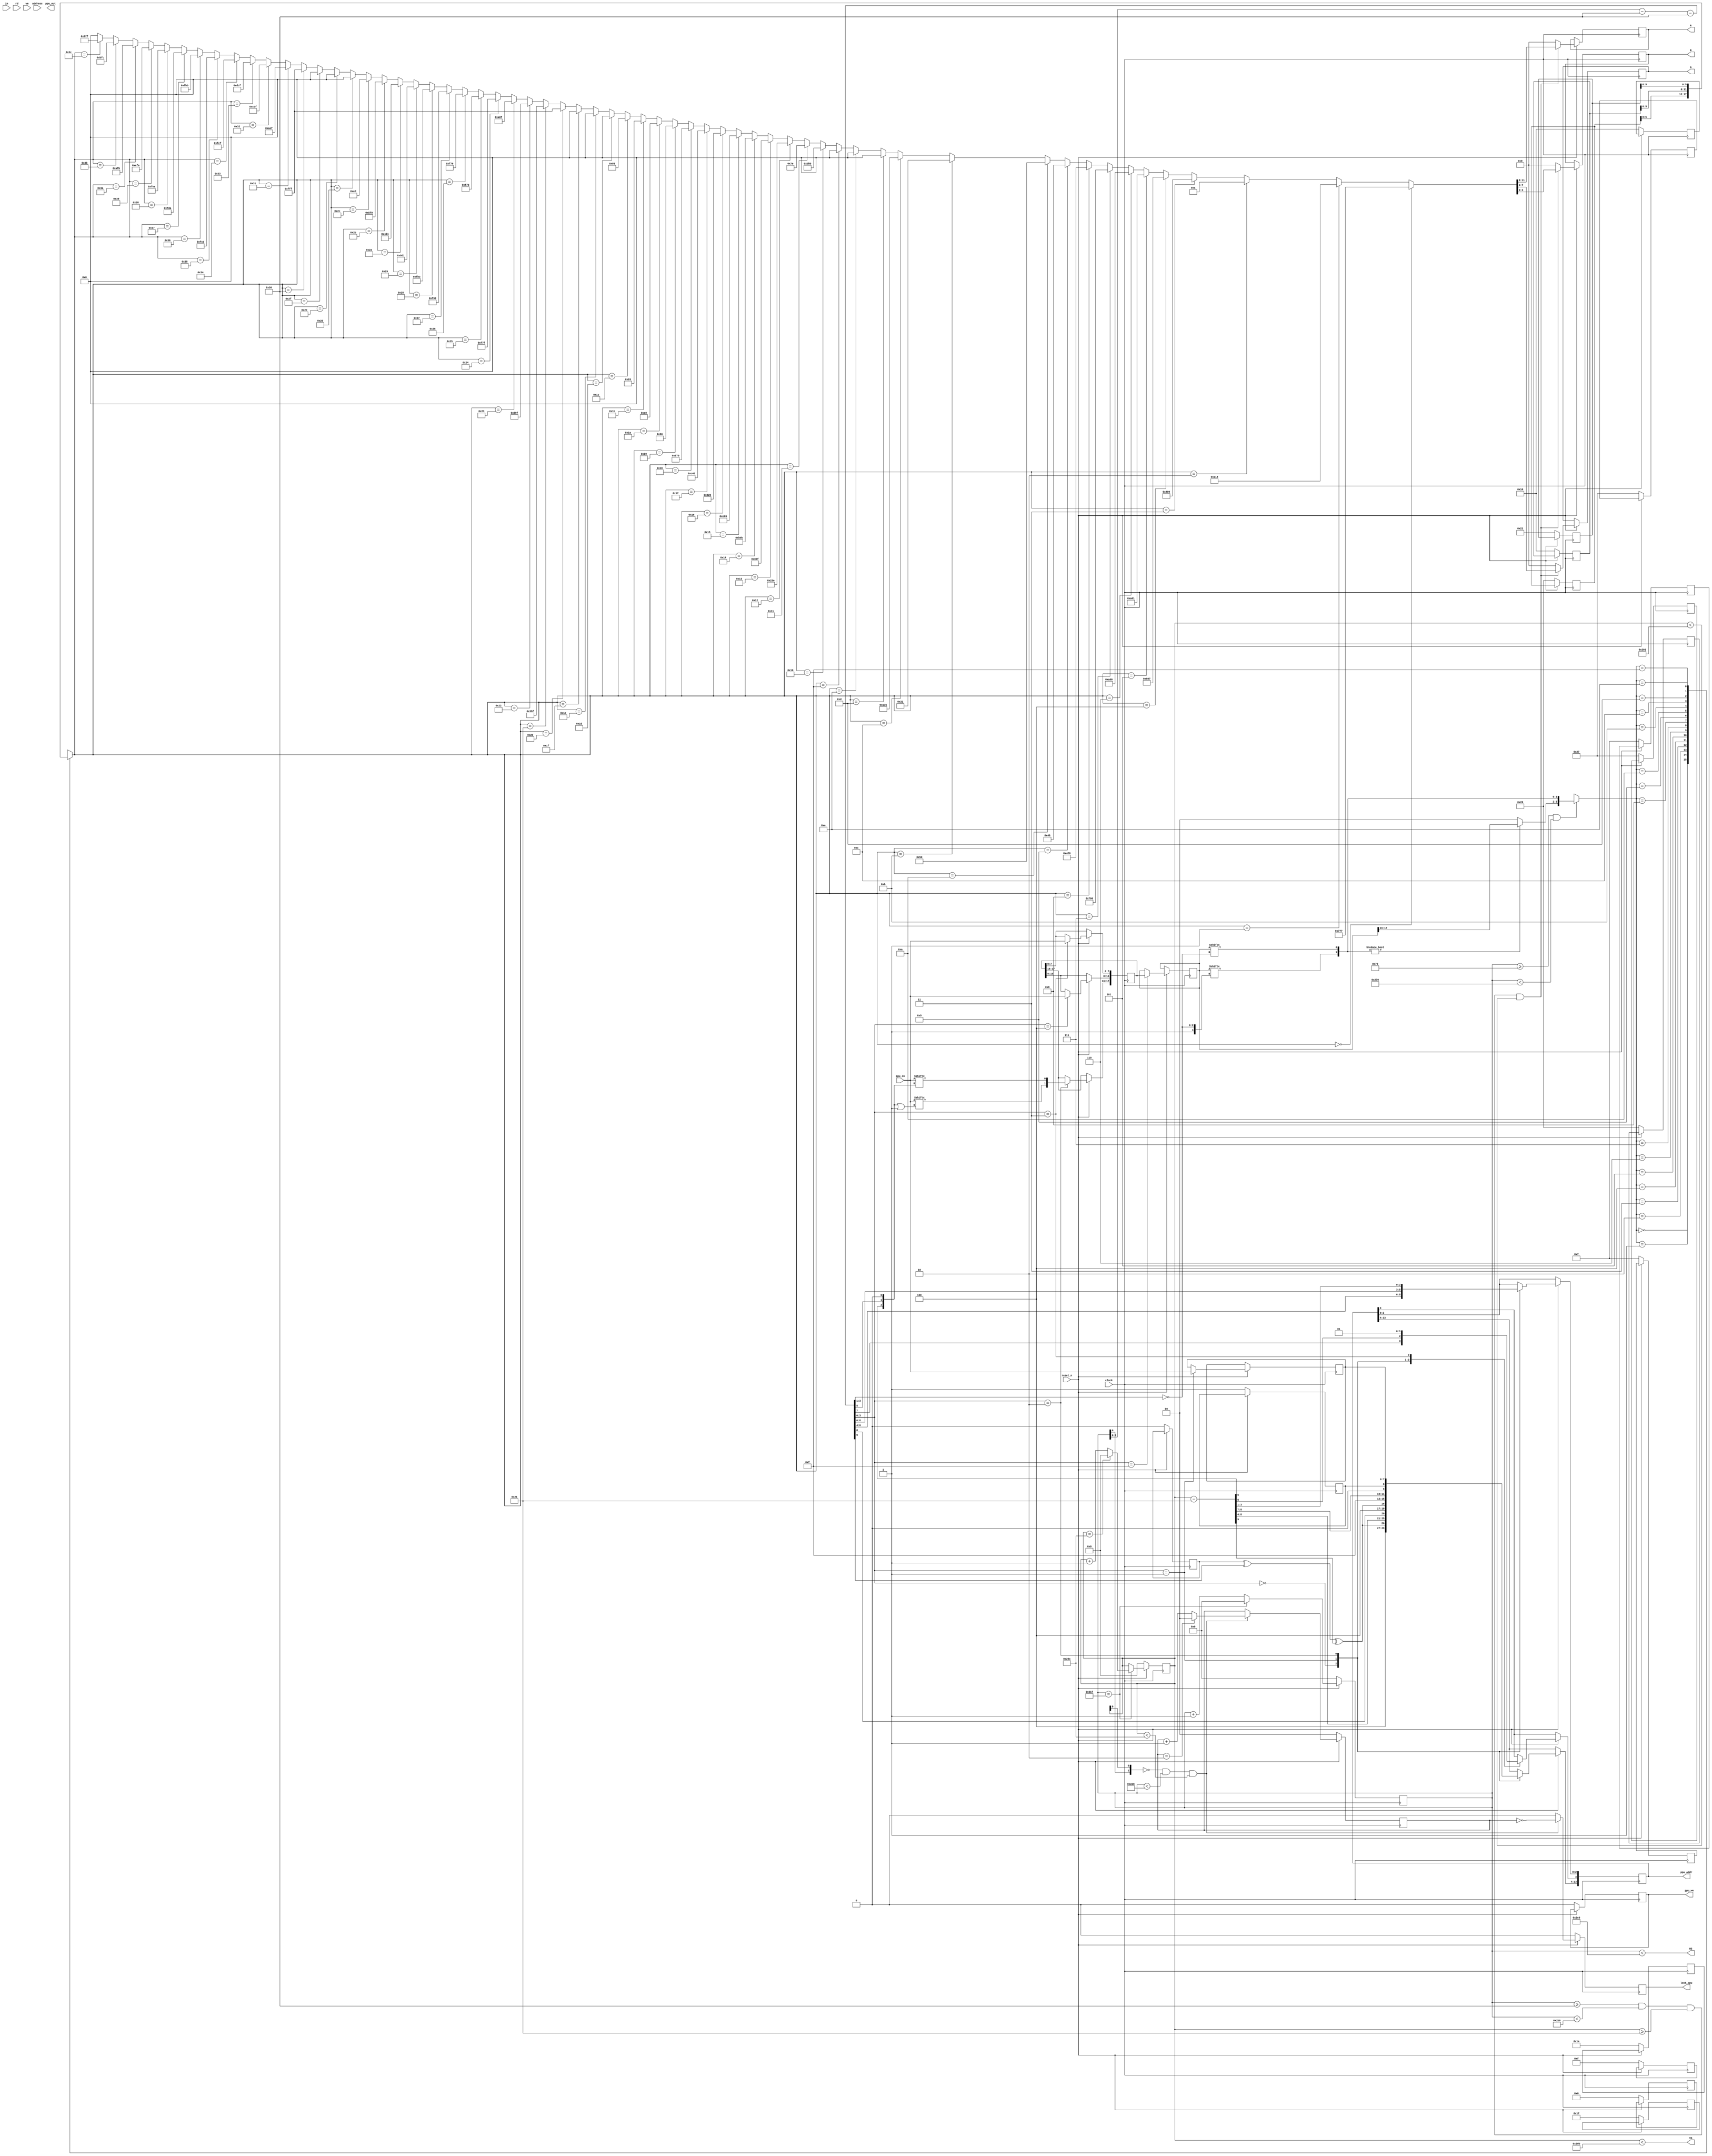
module ppu
(
    input               clock,
    input               reset_n,
    input       [15:0]  address,
    input       [ 7:0]  in,
    input               rd,
    input               we,
    output  reg         lock_cpu,       // Разрешение работы CPU
    // MEMORY
    output  reg [13:0]  ppu_addr,
    input       [ 7:0]  ppu_in,
    output reg  [ 7:0]  ppu_out,
    output reg          ppu_we,
    // VGA OUT
    output reg  [ 3:0]  R,
    output reg  [ 3:0]  G,
    output reg  [ 3:0]  B,
    output              HS,
    output              VS
);

// ---------------------------------------------------------------------
// Тайминги для горизонтальной и вертикальной развертки
//           Visible       Front        Sync        Back       Whole
parameter hzv =  640, hzf =   16, hzs =   96, hzb =   48, hzw =  800,
          vtv =  480, vtf =   10, vts =    2, vtb =   33, vtw =  525;
// ---------------------------------------------------------------------
assign HS = X  < (hzb + hzv + hzf); // NEG.
assign VS = Y  < (vtb + vtv + vtf); // NEG.
// ---------------------------------------------------------------------
// Позиция луча в кадре и максимальные позиции (x,y)
reg  [10:0] X    = 0;
reg  [ 9:0] Y    = 0;
wire        xmax = (X == hzw - 1);
wire        ymax = (Y == vtw - 1);
wire [11:0] x    = (X - hzb) - 48;  // 48=2x24; 24=16[бордер]+8[предзагрузка]
wire [10:0] y    = (Y - vtb);

// ---------------------------------------------------------------------
reg  [ 1:0] cck;
// ---------------------------------------------------------------------
wire [ 1:0] tilepage = mappage ^ x[9] ^ y[9];
reg  [ 7:0] char, attr;

// Выбранная страница
reg         chrpage; // фона в CHR-ROM
reg         mappage; // тайловой карты

// Фоновый цвет
reg  [ 3:0] bgcolor;

// Палитры фона и спрайтов
reg  [ 6:0] palbg[16];

// Номер цветового тайла 2x2
wire [ 2:0] asel = {y[5], x[5], 1'b0};

// Вычисление цвета фона
reg  [17:0] mask, mask_;

// Выбор пикселя
wire [ 1:0] maskbg = {mask[{1'b1, ~x[3:1]}], mask[{1'b0, ~x[3:1]}]};

// Область рисования Paper
wire        paper = (X >= hzb + 64) && (X < hzb + 64 + 512);

// Любой цвет, равный 0, будет использовать палитру номер 0
wire [ 3:0] bgin = {maskbg ? mask[17:16] : 2'b00, maskbg};

// Выбор итогового цвета
wire [ 5:0] cin  = palbg[ paper ? bgin : bgcolor ];
// ---------------------------------------------------------------------

// Трансляцияц цвета
wire [11:0] outcolor =
    cin == 6'h00 ?  12'h777 : cin == 6'h01 ?  12'h218 : cin == 6'h02 ?  12'h00A : cin == 6'h03 ?  12'h409 :
    cin == 6'h04 ?  12'h807 : cin == 6'h05 ?  12'hA01 : cin == 6'h06 ?  12'hA00 : cin == 6'h07 ?  12'h700 :
    cin == 6'h08 ?  12'h420 : cin == 6'h09 ?  12'h040 : cin == 6'h0A ?  12'h050 : cin == 6'h0B ?  12'h031 :
    cin == 6'h0C ?  12'h135 : cin == 6'h0D ?  12'h000 : cin == 6'h0E ?  12'h000 : cin == 6'h0F ?  12'h000 :
    cin == 6'h10 ?  12'hBBB : cin == 6'h11 ?  12'h07E : cin == 6'h12 ?  12'h23E : cin == 6'h13 ?  12'h80F :
    cin == 6'h14 ?  12'hB0B : cin == 6'h15 ?  12'hE05 : cin == 6'h16 ?  12'hD20 : cin == 6'h17 ?  12'hC40 :
    cin == 6'h18 ?  12'h870 : cin == 6'h19 ?  12'h090 : cin == 6'h1A ?  12'h0A0 : cin == 6'h1B ?  12'h093 :
    cin == 6'h1C ?  12'h088 : cin == 6'h1D ?  12'h000 : cin == 6'h1E ?  12'h000 : cin == 6'h1F ?  12'h000 :
    cin == 6'h20 ?  12'hFFF : cin == 6'h21 ?  12'h3BF : cin == 6'h22 ?  12'h59F : cin == 6'h23 ?  12'hA8F :
    cin == 6'h24 ?  12'hF7F : cin == 6'h25 ?  12'hF7B : cin == 6'h26 ?  12'hF76 : cin == 6'h27 ?  12'hF93 :
    cin == 6'h28 ?  12'hFB3 : cin == 6'h29 ?  12'h8D1 : cin == 6'h2A ?  12'h4D4 : cin == 6'h2B ?  12'h5F9 :
    cin == 6'h2C ?  12'h0ED : cin == 6'h2D ?  12'h000 : cin == 6'h2E ?  12'h000 : cin == 6'h2F ?  12'h000 :
    cin == 6'h30 ?  12'hFFF : cin == 6'h31 ?  12'hAEF : cin == 6'h32 ?  12'hCDF : cin == 6'h33 ?  12'hDCF :
    cin == 6'h34 ?  12'hFCF : cin == 6'h35 ?  12'hFCD : cin == 6'h36 ?  12'hFBB : cin == 6'h37 ?  12'hFDA :
    cin == 6'h38 ?  12'hFEA : cin == 6'h39 ?  12'hEFA : cin == 6'h3A ?  12'hAFB : cin == 6'h3B ?  12'hBFC :
    cin == 6'h3C ?  12'h9FF : cin == 6'h3D ?  12'h000 : cin == 6'h3E ?  12'h000 :                 12'h000;

always @(negedge clock)
if (reset_n == 1'b0) begin

    cck         <= 1'b0;
    ppu_we      <= 1'b0;
    chrpage     <= 1'b1;
    mappage     <= 1'b0;
    lock_cpu    <= 1'b0;

    X <= 0;
    Y <= 0;

    palbg[0]    <= 6'h0F;
    palbg[1]    <= 6'h20;
    palbg[2]    <= 6'h10;
    palbg[3]    <= 6'h00;

    // palbg[4]  <= 6'h0F;
    palbg[5]    <= 6'h1A;
    palbg[6]    <= 6'h27;
    palbg[7]    <= 6'h07;

    // palbg[8]  <= 6'h0F;
    palbg[9]    <= 6'h27;
    palbg[10]   <= 6'h17;
    palbg[11]   <= 6'h07;

    // palbg[12] <= 6'h0F;
    palbg[13]   <= 6'h20;
    palbg[14]   <= 6'h10;
    palbg[15]   <= 6'h21;

end
else begin

    // Черный цвет за пределами видимой области рисования
    {R, G, B} <= 12'h000;

    // Кадровая развертка
    X <= xmax ?         0 : X + 1;
    Y <= xmax ? (ymax ? 0 : Y + 1) : Y;

    // Процессы выполняются в замедлении до 89080Т за кадр (5.34 Mhz)
    if ({X[0], Y[0]} == 2'b00 && X < 680 && Y < 524) begin

        lock_cpu <= (cck == 1'b0);
        cck <= (cck == 2) ? 0 : cck + 1;

    end else lock_cpu <= 1'b0;

    // Вычисление видеоданных для фона
    // ----------------------------
    case (x[3:0])
    // CHAR YYYYYXXXXX
    0: begin ppu_addr <= {2'b10, tilepage, y[8:4], x[8:4]}; end
    // ATTR 1111YYYXXX
    1: begin ppu_addr <= {2'b10, tilepage, 4'b1111, y[8:6], x[8:6]}; char <= ppu_in; end
    // CHR-ROM Читать BG
    2: begin ppu_addr <= {chrpage, char, 1'b0, y[3:1]}; mask_[17:16] <= {ppu_in[asel | 1'b1], ppu_in[asel]}; end
    3: begin mask_[ 7:0] <= ppu_in; ppu_addr[3] <= 1'b1; end
    4: begin mask_[15:8] <= ppu_in; end
    // OUTPUT COLOR
    15: begin mask <= mask_; end
    endcase

    // Вывод окна видеоадаптера
    if (X >= hzb && X < hzb + hzv && Y >= vtb && Y < vtb + vtv) {R, G, B} <= outcolor;

end

endmodule